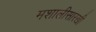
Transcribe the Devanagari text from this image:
मशालीसारखी